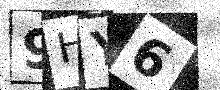
Text: 9HY6